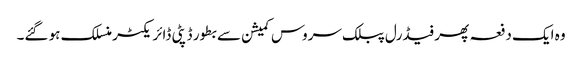
وہ ایک دفعہ پھر فیڈرل پبلک سروس کمیشن سے بطور ڈپٹی ڈائر یکٹر منسلک ہو گئے۔